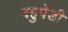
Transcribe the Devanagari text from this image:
बहुपेडी